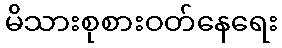
မိသားစုစားဝတ်နေရေး